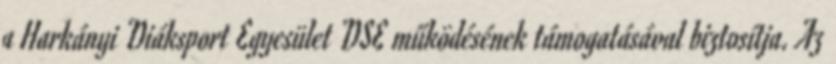
a Harkányi Diáksport Egyesület DSE működésének támogatásával biztosítja. Az